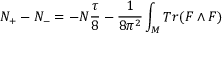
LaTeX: N _ { + } - N _ { - } = - N { \frac { \tau } { 8 } } - { \frac { 1 } { 8 \pi ^ { 2 } } } \int _ { M } T r ( F \wedge F )